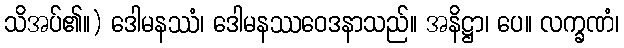
သိအပ်၏။) ဒေါမနဿံ၊ ဒေါမနဿဝေဒနာသည်။ အနိဋ္ဌာ၊ ပေ။ လက္ခဏံ၊